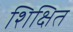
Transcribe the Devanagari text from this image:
शिक्षित